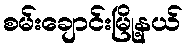
စမ်းချောင်းမြို့နယ်